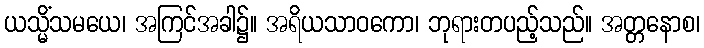
ယသ္မိံသမယေ၊ အကြင်အခါ၌။ အရိယသာဝကော၊ ဘုရားတပည့်သည်။ အတ္တနောစ၊